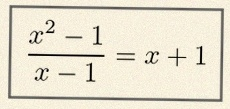
\frac{x^2-1}{x-1}=x+1